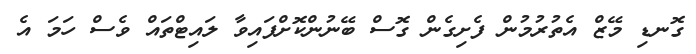
ގޮނޑި މޭޒް އެތުރުމުން ފެށިގެން ގޮސް ބޭނުންކޮށްފައިވާ ލައިޓްތައް ވެސް ހަމަ އެ